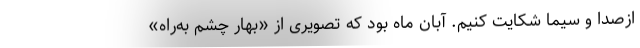
ازصدا و سیما شکایت کنیم. آبان ماه بود که تصویری از «بهار چشم به‌راه»